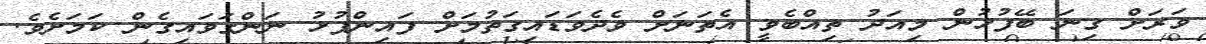
ވަރަށް ގިނަ ބޭފުޅުން މިއަދު ތިއްބެވީ އެތަނަށް ވެދެވަޑައިގަތުމަށް ފައިންޕުޅު ނަންގަވައިގެން ކަމަށެވެ.